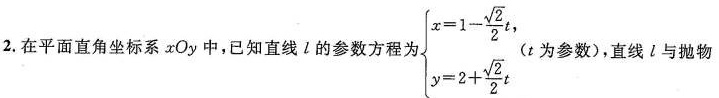
2.在平面直角坐标系xOy中，已知直线l的参数方程为$$\begin { cases } x = 1 - \frac { \sqrt { 2 } } { 2 } t , \\ y = 2 +